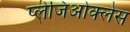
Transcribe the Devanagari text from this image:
प्लेजिओक्लेस